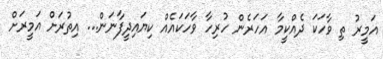
އަމީރު ތި ވާހަކަ ދެއްކީމާ އަހަރެން ހުރިހާ ވާހަކައެއް ކިޔައިދީފާނަން... އިތުރަށް އަމީރަށް